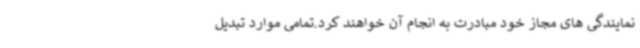
نمایندگی های مجاز خود مبادرت به انجام آن خواهند کرد.تمامی موارد تبدیل